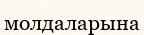
молдаларына